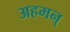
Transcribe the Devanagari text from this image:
अहमन्